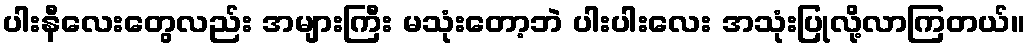
ပါးနီလေးတွေလည်း အများကြီး မသုံးတော့ဘဲ ပါးပါးလေး အသုံးပြုလို့လာကြတယ်။